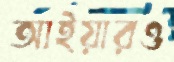
আইয়ারও